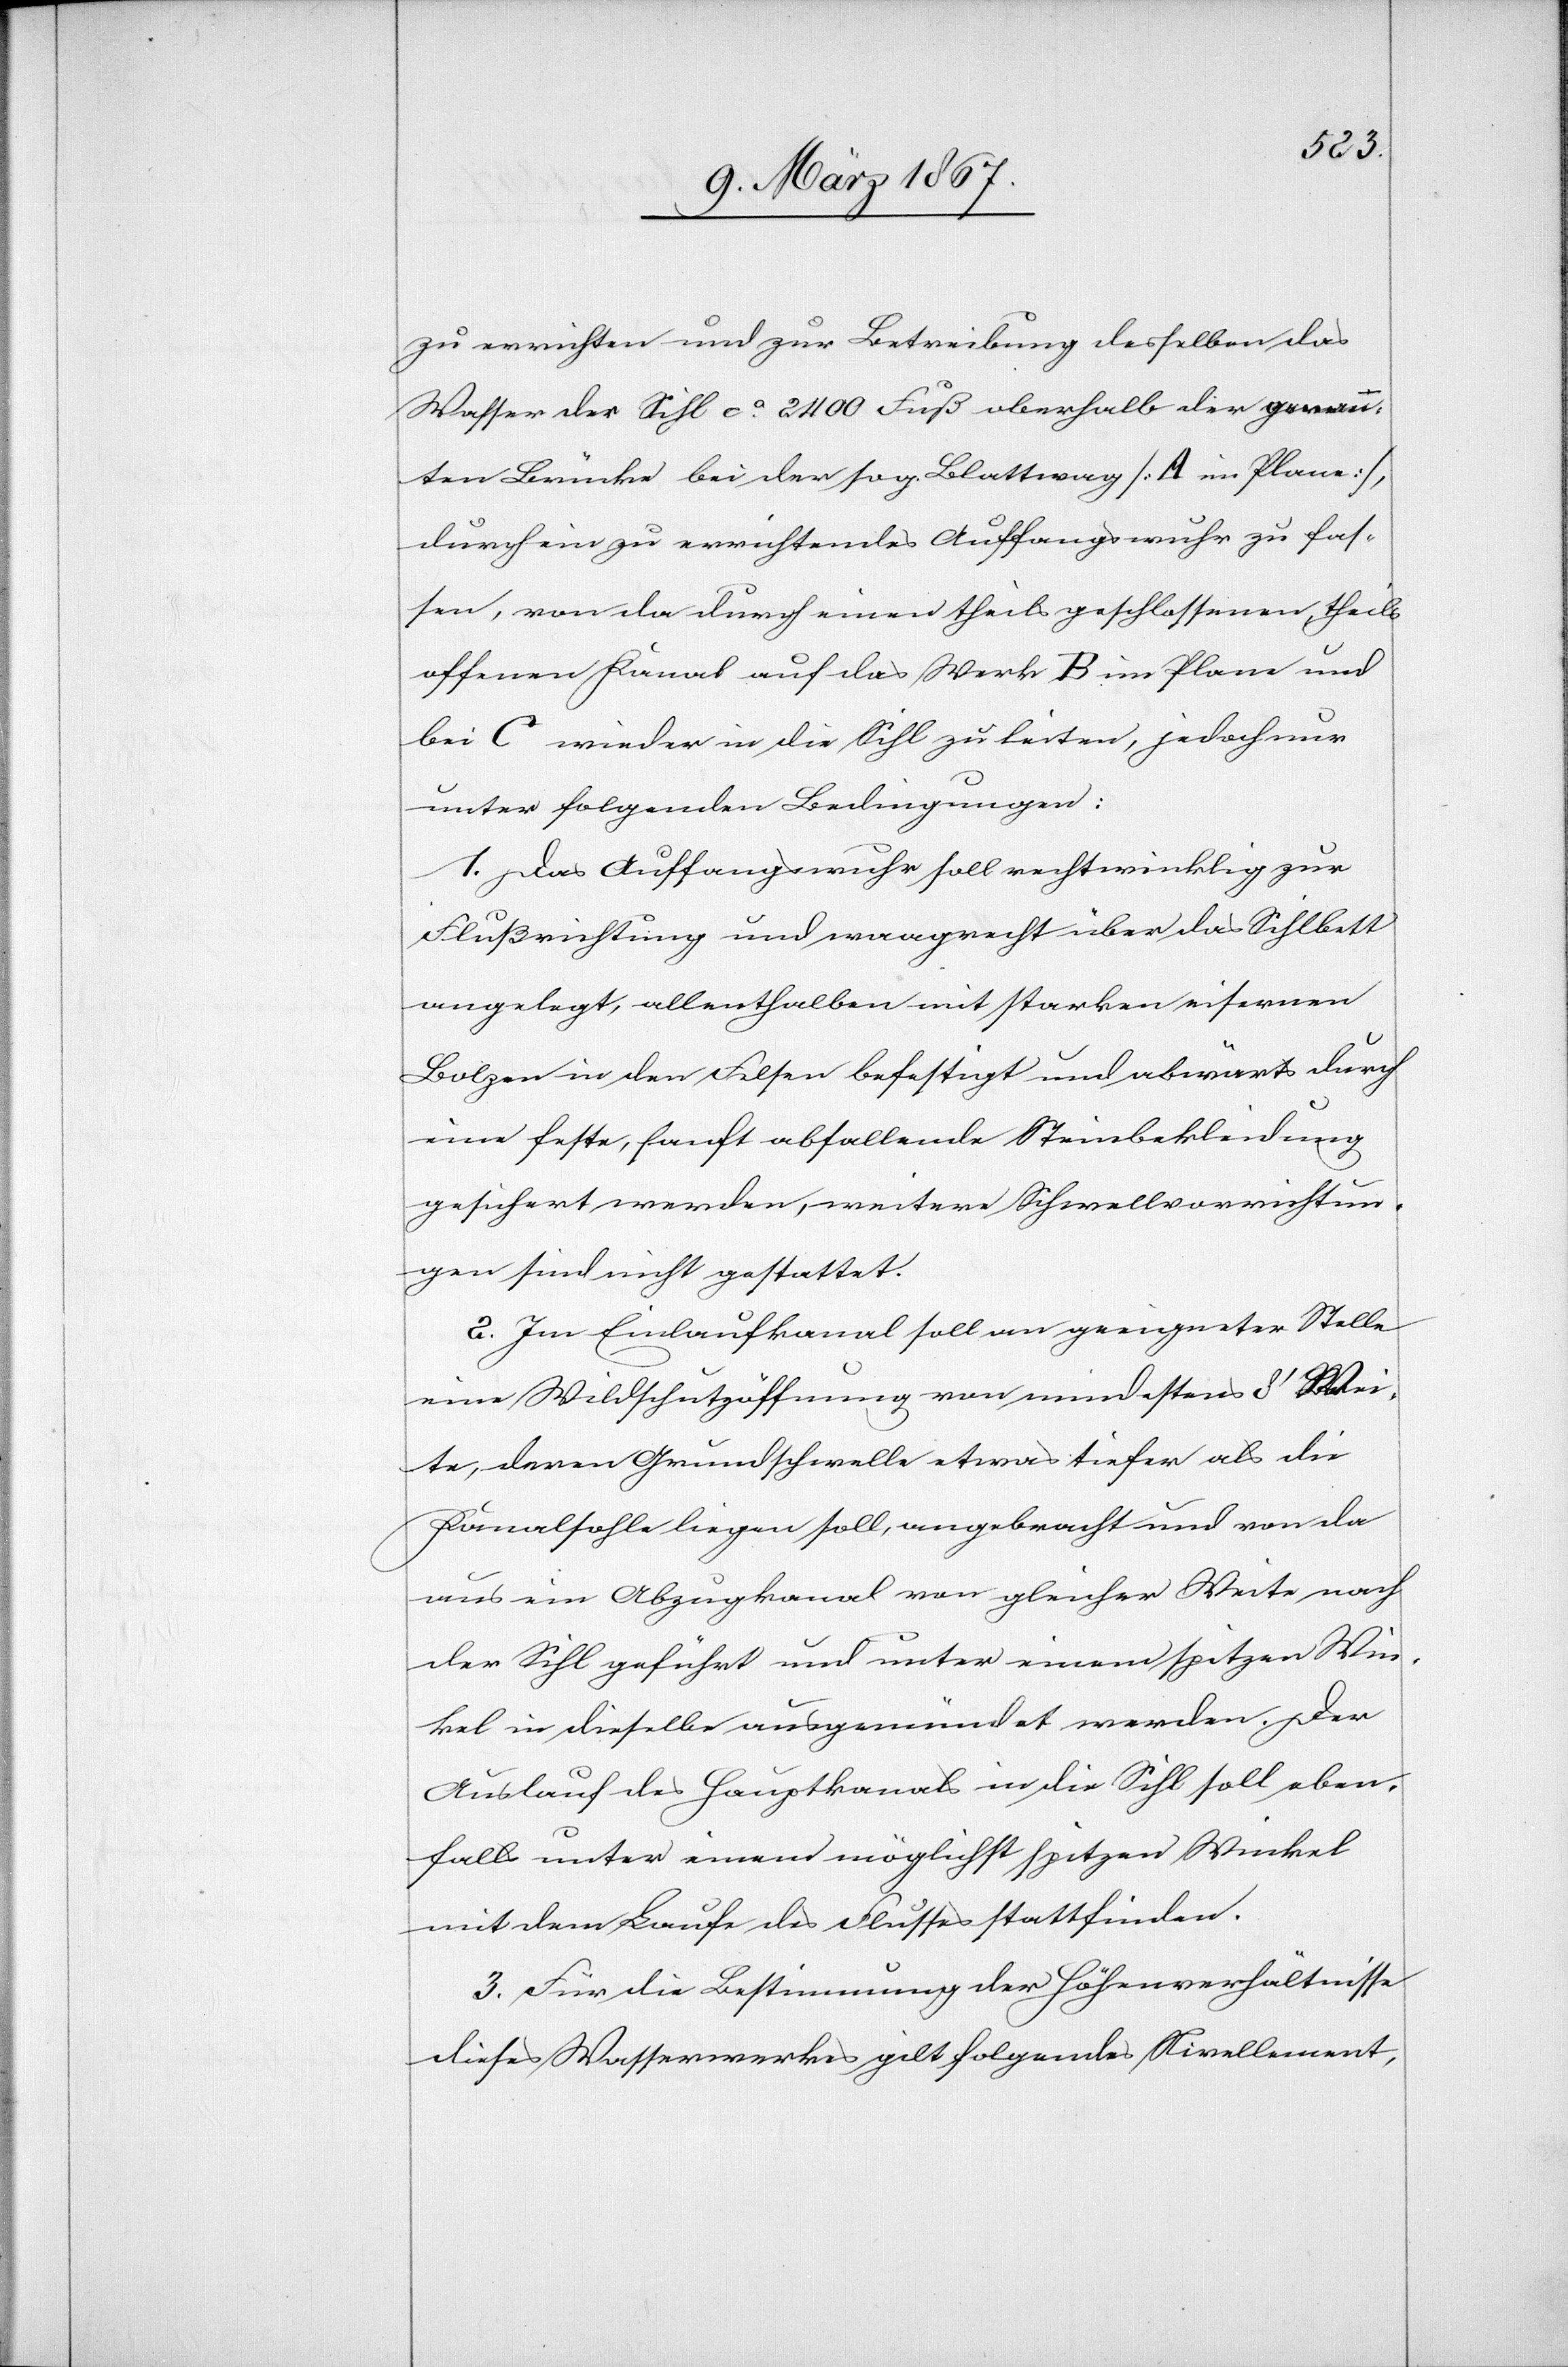
zu errichten und zur Betreibung desselben das
Wasser der Sihl ca. 2400 Fuß oberhalb der genann¬
ten Brücke bei der sog. Blattwag [A im Plane],
durch ein zu errichtendes Auffangswuhr zu fas¬
sen, von da durch einen theils geschlossenen, theils
offenen Kanal auf das Werk B im Plane und
bei C wieder in die Sihl zu leiten, jedoch nur
unter folgenden Bedingungen:
1. Das Auffangswuhr soll rechtwinklig zur
Flußrichtung und waagrecht über das Sihlbett
angelegt, allenthalben mit starken eisernen
Bolzen in den Felsen befestigt und abwärts durch
eine feste, sanft abfallende Steinbekleidung
gesichert werden, weitere Schwellvorrichtun¬
gen sind nicht gestattet.
2. Im Einlaufkanal soll an geeigneter Stelle
eine Wildschutzöffnung von mindestens 8’ Wei¬
te, deren Grundschwelle etwas tiefer als die
Kanalsohle liegen soll, angebracht und von da
aus ein Abzugkanal von gleicher Weite nach
der Sihl geführt und unter einem spitzen Win¬
kel in dieselbe ausgemündet werden. Der
Auslauf des Hauptkanals in die Sihl soll eben¬
falls unter einem möglichst spitzen Winkel
mit dem Laufe des Flusses stattfinden.
3. Für die Bestimmung der Höhenverhältnisse
dieses Wasserwerkes gilt folgendes Nivellement,